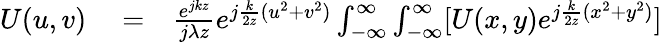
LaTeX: \begin{array}{rlr}{U(u,v)}&{{}=}&{\frac{e^{jkz}}{j\lambda z}e^{j\frac{k}{2z}(u^{2}+v^{2})}\int_{-\infty}^{\infty}\int_{-\infty}^{\infty}[U(x,y)e^{j\frac{k}{2z}(x^{2}+y^{2})}]}\end{array}